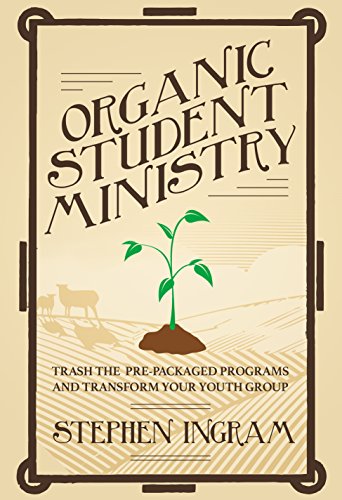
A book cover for Organic Student Ministry: Trash the Pre-Packaged Programs and Transform Your Youth Group; Stephen L. Ingram Jr.; Christian Books & Bibles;